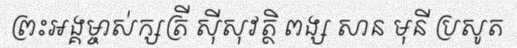
ព្រះអង្គម្ចាស់ក្សត្រី ស៊ីសុវត្ថិ ពង្ស សាន មុនី ប្រសូត